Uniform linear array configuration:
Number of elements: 16
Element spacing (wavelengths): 0.5
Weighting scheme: kaiser
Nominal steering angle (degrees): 30
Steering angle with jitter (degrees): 29.303
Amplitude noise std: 0.05
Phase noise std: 0.05

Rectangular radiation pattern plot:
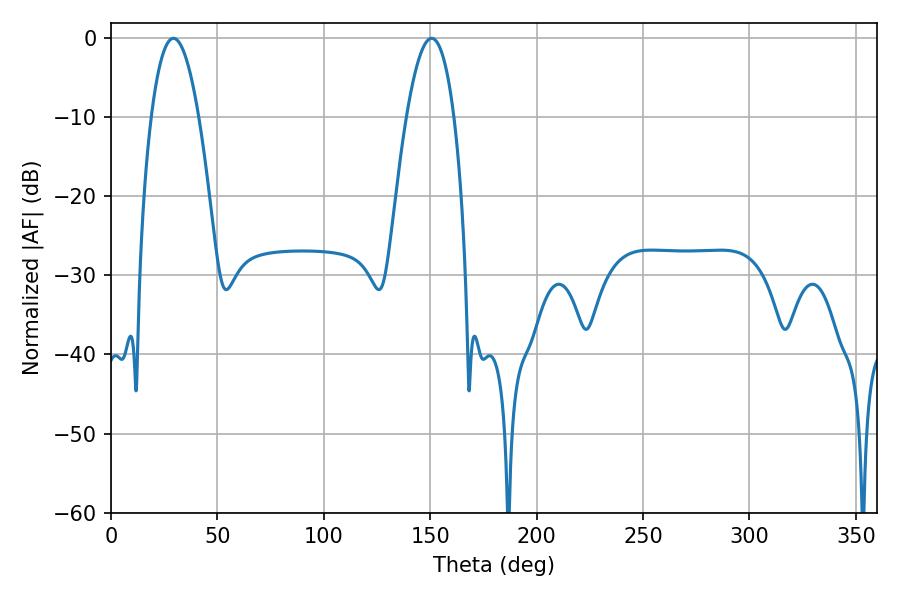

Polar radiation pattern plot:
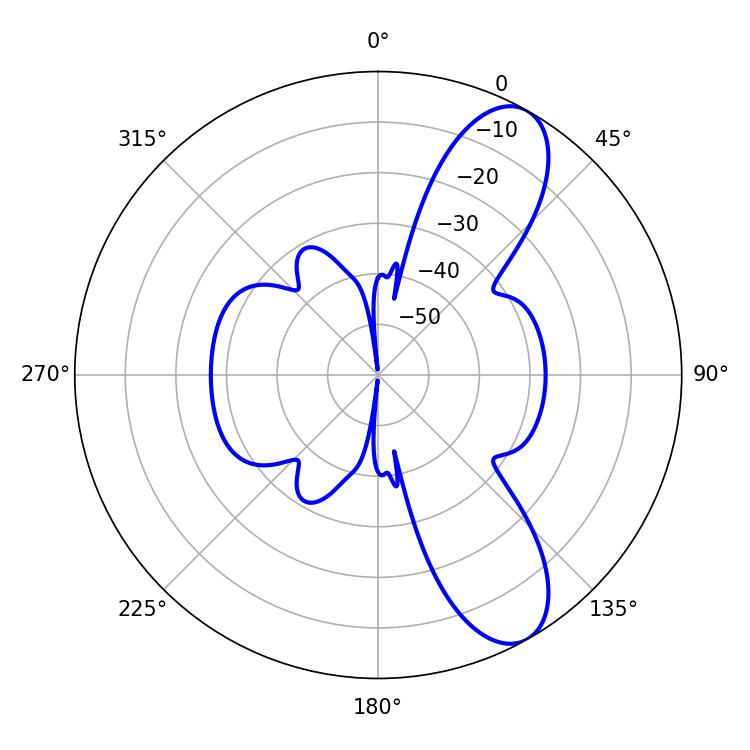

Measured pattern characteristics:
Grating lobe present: FALSE
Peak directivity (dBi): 9.446
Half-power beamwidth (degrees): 12.24
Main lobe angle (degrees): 29.34